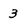
Character: 3